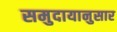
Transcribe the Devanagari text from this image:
समुदायानुसार